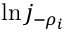
\ln j _ { - \rho _ { i } }